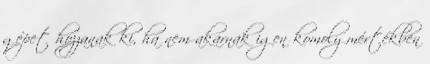
gépet hozzanak ki, ha nem akarnak igen komoly mértékben